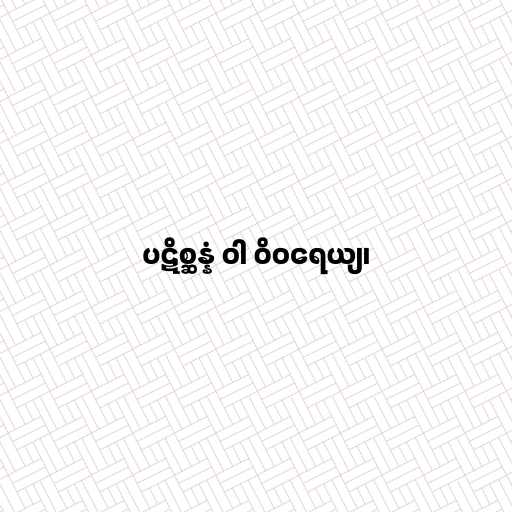
ပဋိစ္ဆန္နံ ဝါ ဝိဝရေယျ၊